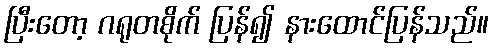
ပြီးတော့ ဂရုတစိုက် ပြန်၍ နားထောင်ပြန်သည်။